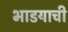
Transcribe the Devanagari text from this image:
भाडयाची